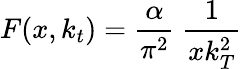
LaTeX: F(x,k_{t})={\frac{\alpha}{\pi^{2}}}~{\frac{1}{xk_{T}^{2}}}